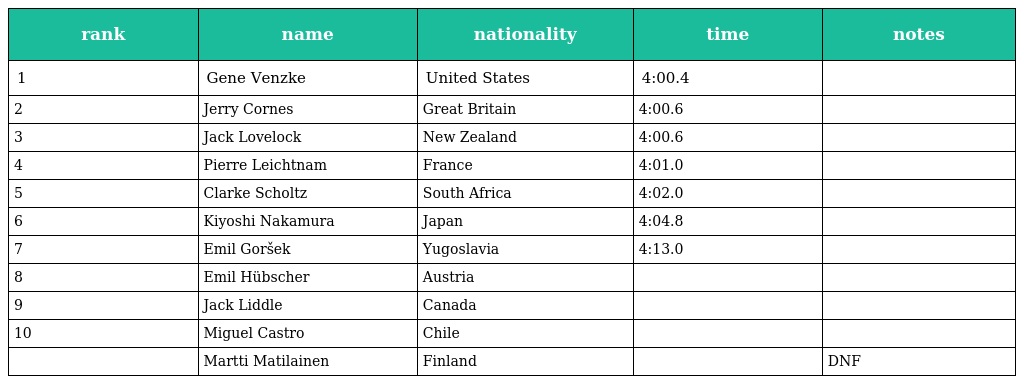
| rank | name | nationality | time | notes |
 | --- | --- | --- | --- | --- |
 | 1 | Gene Venzke | United States | 4:00.4 |  |
 | 2 | Jerry Cornes | Great Britain | 4:00.6 |  |
 | 3 | Jack Lovelock | New Zealand | 4:00.6 |  |
 | 4 | Pierre Leichtnam | France | 4:01.0 |  |
 | 5 | Clarke Scholtz | South Africa | 4:02.0 |  |
 | 6 | Kiyoshi Nakamura | Japan | 4:04.8 |  |
 | 7 | Emil Goršek | Yugoslavia | 4:13.0 |  |
 | 8 | Emil Hübscher | Austria |  |  |
 | 9 | Jack Liddle | Canada |  |  |
 | 10 | Miguel Castro | Chile |  |  |
 |  | Martti Matilainen | Finland |  | DNF |